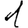
Digit: 1